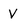
Character: V